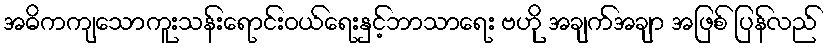
အဓိကကျသောကူးသန်းရောင်းဝယ်ရေးနှင့်ဘာသာရေး ဗဟို အချက်အချာ အဖြစ် ပြန်လည်